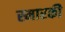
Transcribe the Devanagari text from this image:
स्मारकी